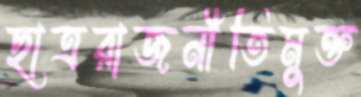
ছাত্ররাজনীতিমুক্ত